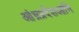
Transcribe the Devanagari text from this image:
आंध्रप्रदेशआणि